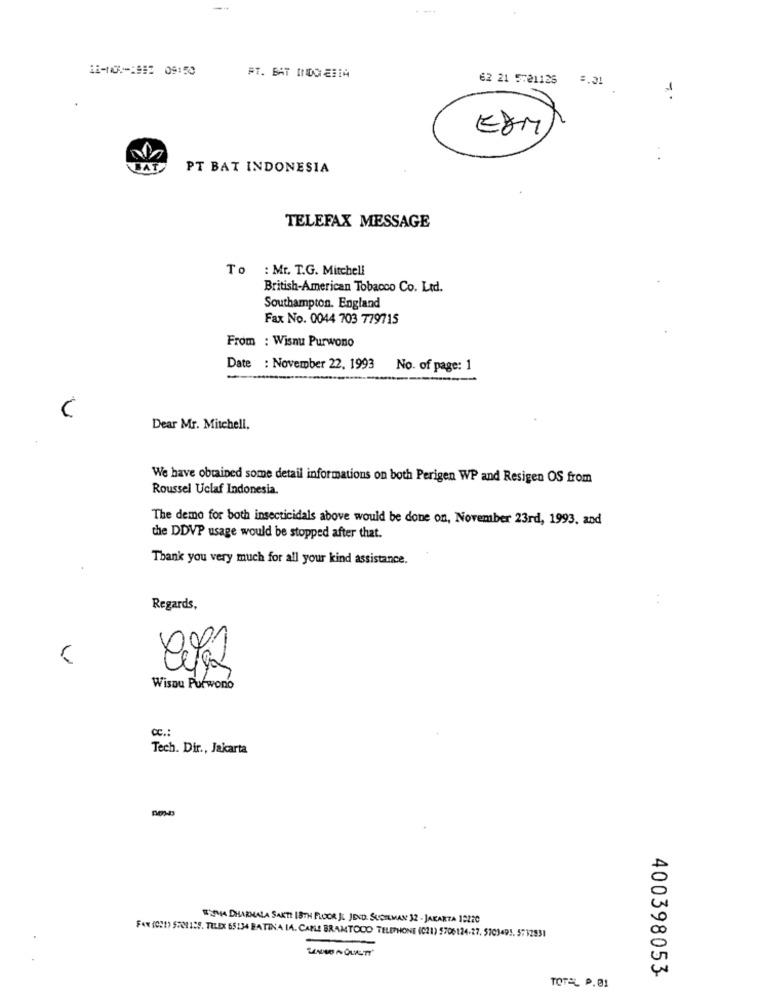
11-107-1992 09:50
FT. BAT INDO ERIA
62 21 5:21125 5.01
BAT
PT BAT INDONESIA
TELEFAX MESSAGE
To : Mr. T.G. Mitchell
British-American Tobacco Co. Ltd.
Southampton. England
Fax No. 0044 703 779715
From : Wisnu Purwono
Date : November 22, 1993
No. of page: 1
Dear Mr. Mitchell,
We have obtained some detail informations on both Perigen WP and Resigen OS from
Roussel Uclaf Indonesia.
The demo for both insecticidals above would be done on, November 23rd, 1993. and
the DDVP usage would be stopped after that.
Thank you very much for all your kind assistance.
Regards,
Wisou Purwono
CC .:
Tech. Dir ., Jakarta
DEVIA DHARMALA SAKTI 18TH FLOOR ): JECO. SCOREMAN 32 - JAKARTA 12220
FAX (021) 5700128. TELEX 65134 BATINA IA. CABLE BRAMTOCO TELEPHONE (C21) 5706124-27. 5703491. 5712831
400398053
TOTEL P.01